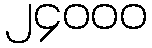
၂၄၀၀၀